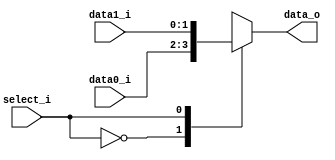
//Subject:     CO project 2 - MUX 221
//--------------------------------------------------------------------------------
//Version:     1
//--------------------------------------------------------------------------------
//Writer:      0616223 0616059
//----------------------------------------------
//Date:        5/20
//----------------------------------------------
//Description: multiplexer 2 to 1
//--------------------------------------------------------------------------------
     
module MUX_2to1(
               data0_i,
               data1_i,
               select_i,
               data_o
               );

parameter size = 0;			   
			
//I/O ports               
input   [size-1:0] data0_i;          
input   [size-1:0] data1_i;
input              select_i;
output  [size-1:0] data_o; 

//Internal Signals
reg     [size-1:0] data_o;

//Main function

always @(*)
	begin

		case(select_i)
			1'b0 : data_o = data0_i;
			1'b1 : data_o = data1_i;
		endcase

	end

endmodule